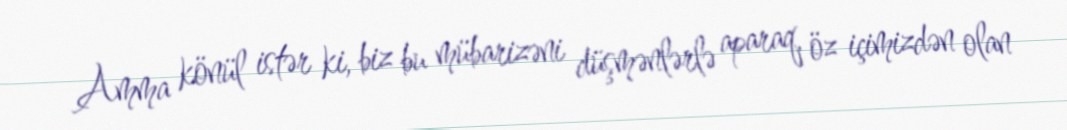
Amma könül istər ki, biz bu mübarizəni düşmənlərlə aparaq, öz içimizdən olan